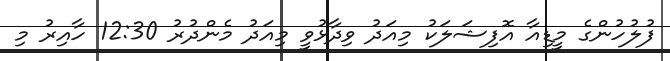
ފުލުހުންގެ މީޑިއާ އޮފިޝަލަކު މިއަދު ވިދާޅުވީ މިއަދު މެންދުރު 12:30 ހާއިރު މި